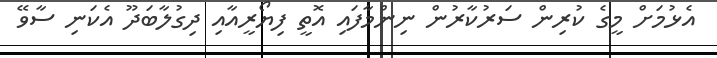
އެޅުމަށް މީގެ ކުރިން ސަރުކާރުން ނިންމާފައި އޮތީ ފިޔޯރީއާއި ދިގުލާބަދޫ އެކަނި ސާވޭ